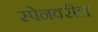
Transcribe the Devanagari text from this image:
स्पेनवरील